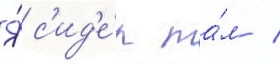
Я́ с'ид'е́л та́м /